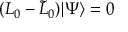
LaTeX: ( L _ { 0 } - { \tilde { L } } _ { 0 } ) | \Psi \rangle = 0